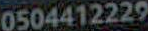
0504412229